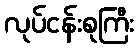
လုပ်ငန်းစုကြီး